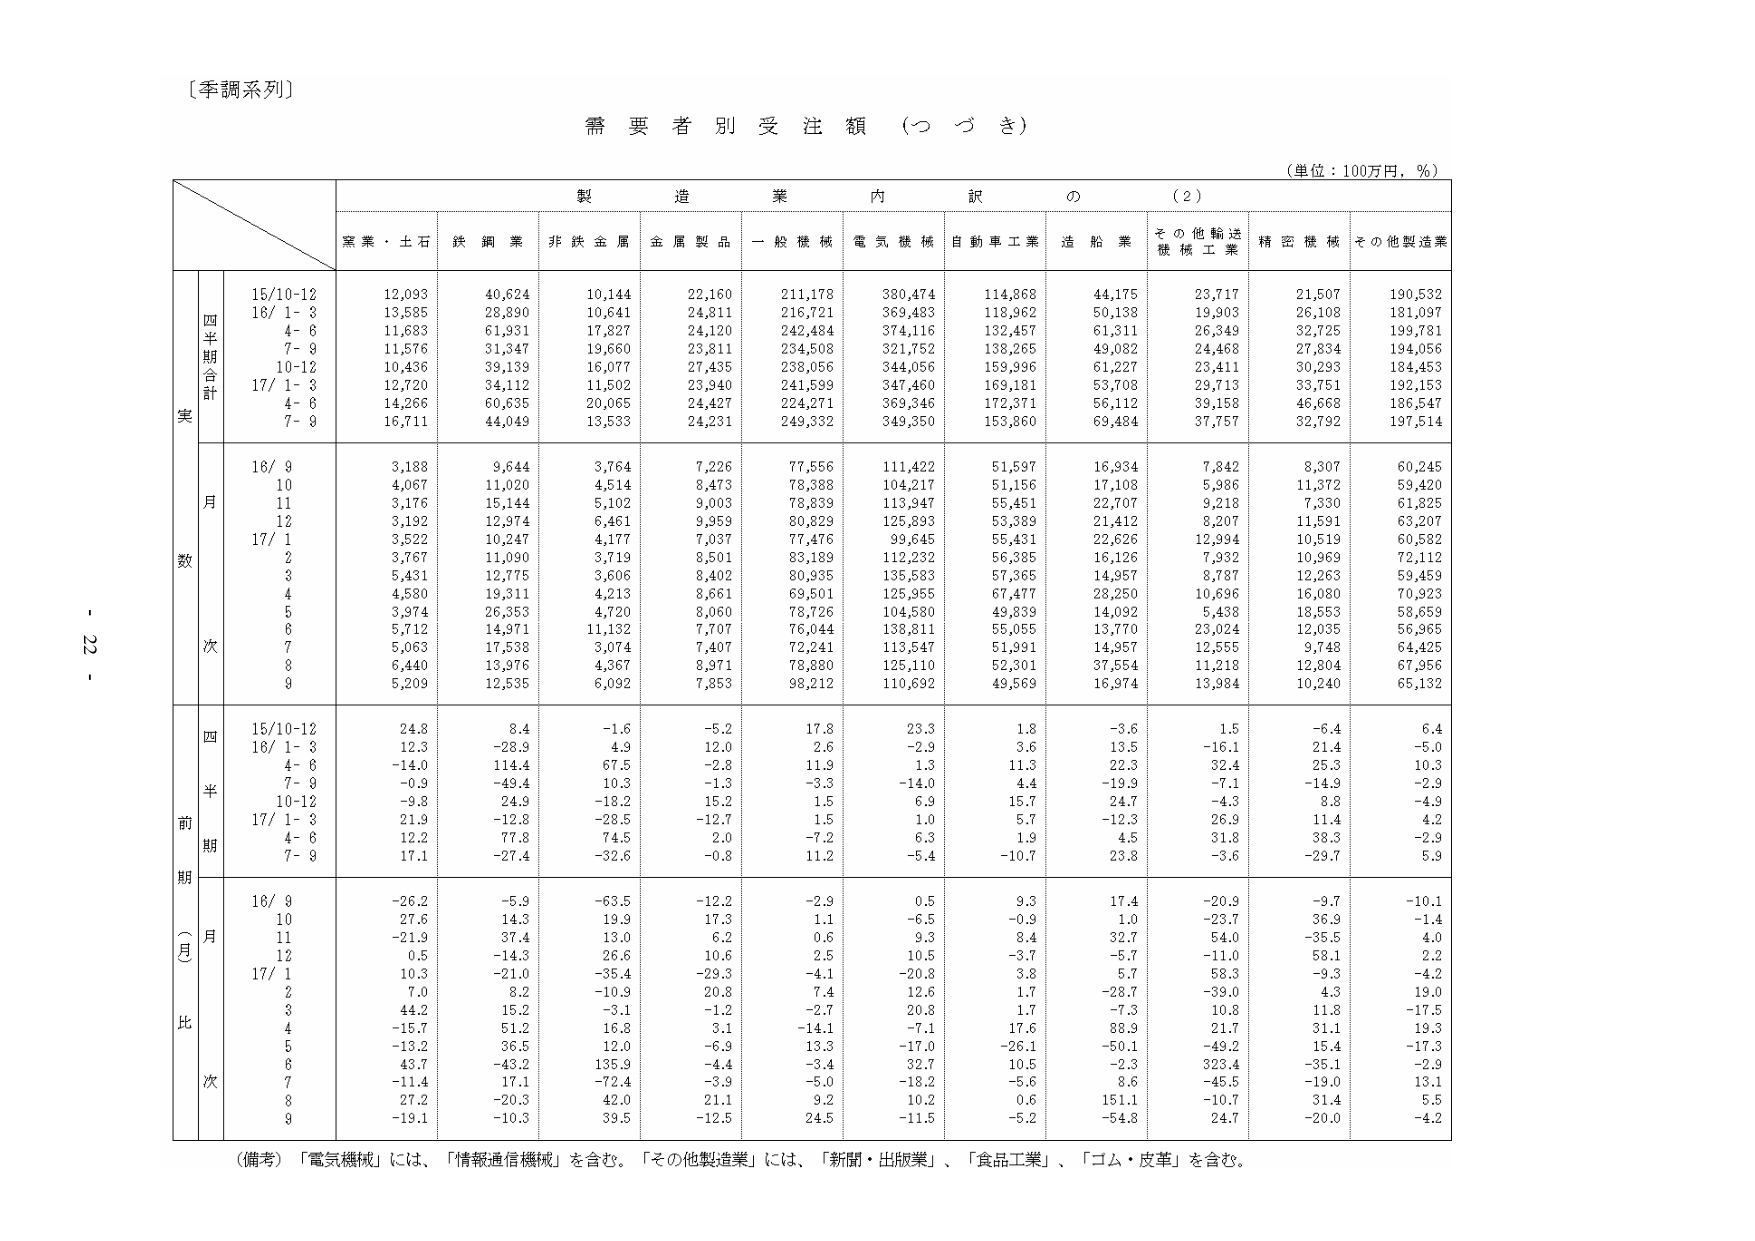
〔季調系列〕

需要者別受注額（つづき）

（単位：100万円，％）

製造業内訳の（2）

窯業・土石　鉄鋼業　非鉄金属　金属製品　一般機械　電気機械　自動車工業　造船業　その他輸送機械工業　精密機械　その他製造業

四半期合計
15/10-12　12,093　40,624　10,144　22,160　211,178　380,474　114,868　44,175　23,717　21,507　190,532
16/ 1- 3　13,585　28,890　10,641　24,811　216,721　369,483　118,962　50,138　19,903　26,108　181,097
　 4- 6　11,683　61,931　17,827　24,120　242,484　374,116　132,457　61,311　26,349　32,725　199,781
　 7- 9　11,576　31,347　19,660　23,811　234,508　321,752　138,265　49,082　24,468　27,834　194,056
　10-12　10,486　39,139　16,077　27,435　238,056　344,056　159,396　61,227　23,411　30,293　184,453
17/ 1- 3　12,720　34,112　11,502　23,940　241,599　347,460　169,181　53,708　29,713　33,751　192,153
　 4- 6　14,266　60,635　20,065　24,427　224,271　369,346　172,371　56,112　39,158　46,668　186,547
　 7- 9　16,711　44,049　13,533　24,231　249,332　349,350　153,860　69,484　37,757　32,792　197,514

月数
16/ 9　3,188　9,644　3,764　7,226　77,556　111,422　51,597　16,934　7,842　8,307　60,245
　10　4,067　11,020　4,514　8,473　78,388　104,217　51,156　17,108　5,986　11,372　59,420
　11　3,176　15,144　5,102　9,003　78,839　113,947　55,451　22,707　9,218　7,330　61,825
　12　3,192　12,974　6,461　9,959　80,829　125,893　53,389　21,412　8,207　11,591　63,207
17/ 1　3,522　10,247　4,177　7,037　77,476　99,645　55,431　22,626　12,994　10,519　60,582
　 2　3,767　11,090　3,719　8,501　83,189　112,232　56,385　16,126　7,932　10,969　72,112
　 3　5,431　12,775　3,606　8,402　80,935　135,583　57,365　14,957　8,787　12,263　59,459
　 4　4,580　19,311　4,213　8,661　69,501　125,955　67,477　28,250　10,696　16,080　70,923
　 5　3,974　26,353　4,720　8,060　78,726　104,580　49,839　14,092　5,438　18,553　58,659
　 6　5,712　14,971　11,132　7,707　76,044　138,811　55,055　13,770　23,024　12,035　56,965
　 7　5,063　17,538　3,074　7,407　72,241　113,547　51,991　14,957　12,555　9,748　64,425
　 8　6,440　13,976　4,367　8,971　78,880　125,110　52,301　37,554　11,218　12,804　67,956
　 9　5,209　12,535　6,092　7,853　98,212　110,692　49,569　16,974　13,984　10,240　65,132

前四半期比
15/10-12　24.8　8.4　-1.6　-5.2　17.8　23.3　1.8　-3.6　1.5　-6.4　6.4
16/ 1- 3　12.3　-28.9　4.9　12.0　2.6　-2.9　3.6　13.5　-16.1　21.4　-5.0
　 4- 6　-14.0　114.4　67.5　-2.8　11.9　1.3　11.3　22.3　32.4　25.3　10.3
　 7- 9　-0.9　-49.4　10.3　-1.3　-3.3　-14.0　4.4　-19.3　-7.1　-14.3　-2.9
　10-12　-9.8　24.9　-18.2　15.2　1.5　6.9　15.7　24.7　-4.3　8.8　-4.9
17/ 1- 3　21.9　-12.8　-28.5　-12.7　1.5　1.0　5.7　-12.3　26.9　11.4　4.2
　 4- 6　12.2　77.8　74.5　2.0　-7.2　6.3　1.9　4.5　31.8　38.3　-2.9
　 7- 9　17.1　-27.4　-32.6　-0.8　11.2　-5.4　-10.7　23.8　-3.6　-29.7　5.9

（月比）
16/ 9　-26.2　-5.9　-63.5　-12.2　-2.9　0.5　9.3　17.4　-20.9　-9.7　-10.1
　10　27.6　14.3　19.9　17.3　1.1　-6.5　-0.9　1.0　-23.7　36.9　-1.4
　11　-21.9　37.4　13.0　6.2　0.6　9.3　8.4　32.7　54.0　-35.5　4.0
　12　0.5　-14.3　26.6　10.6　2.5　10.5　-3.7　-5.7　-11.0　58.1　2.2
17/ 1　10.3　-21.0　-35.4　-29.3　-4.1　-20.8　3.8　5.7　58.3　-9.3　-4.2
　 2　7.0　8.2　-10.9　20.8　7.4　12.6　1.7　-28.7　-39.0　4.3　19.0
　 3　44.2　15.2　-3.1　-1.2　-2.7　20.8　1.7　-7.3　10.8　11.8　-17.5
　 4　-15.7　51.2　16.8　3.1　-14.1　-7.1　17.6　88.9　21.7　31.1　19.3
　 5　-13.2　36.5　12.0　-6.9　13.3　-17.0　-26.1　-50.1　-49.2　15.4　-17.3
　 6　43.7　-43.2　135.9　-4.4　-3.4　32.7　10.5　-2.3　323.4　-35.1　-2.9
　 7　-11.4　17.1　-72.4　-3.9　-5.0　-18.2　-5.6　8.6　-45.5　-19.0　13.1
　 8　27.2　-20.3　42.0　21.1　9.2　10.2　0.6　151.1　-10.7　31.4　5.5
　 9　-19.1　-10.3　39.5　-12.5　24.5　-11.5　-5.2　-54.8　24.7　-20.0　-4.2

（備考）「電気機械」には、「情報通信機械」を含む。「その他製造業」には、「新聞・出版業」、「食品工業」、「ゴム・皮革」を含む。